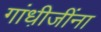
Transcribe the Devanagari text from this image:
गांधी़जींना